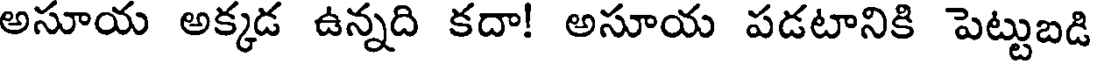
అసూయ అక్కడ ఉన్నది కదా! అసూయ పడటానికి పెట్టుబడి